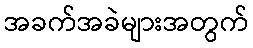
အခက်အခဲများအတွက်